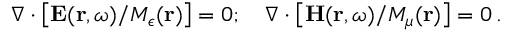
\nabla \cdot \big [ { \bf E } ( { \bf r } , \omega ) / M _ { \epsilon } ( { \bf r } ) \big ] = 0 ; \quad \nabla \cdot \big [ { \bf H } ( { \bf r } , \omega ) / M _ { \mu } ( { \bf r } ) \big ] = 0 \, .